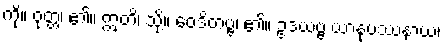
ကို။ ဝုတ္တံ၊ ၏။ ဣတိ၊ သို့။ ဝေဒိတဗ္ဗံ၊ ၏။ ဥဒယဗ္ဗ ယာနုပဿနာယ၊